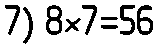
7) 8×7=56